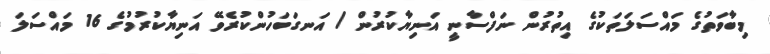
މިބާވަތުގެ މައްސަލަތަކުގެ އިތުރުން ނަފްސާނީ އަނިޔާކުރުން / އަނގަބަހުންކުރެވޭ އަނިޔާކުރުމުގެ 16 މައްސަލަ